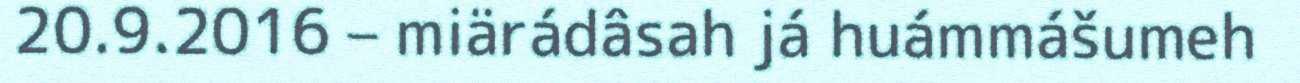
20.9.2016 – miärádâsah já huámmášumeh